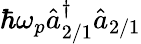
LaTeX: \hbar\omega_{p}\hat{a}_{2/1}^{\dagger}\hat{a}_{2/1}